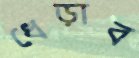
ধেড়াব